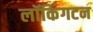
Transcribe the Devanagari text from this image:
लॉकिंगटन